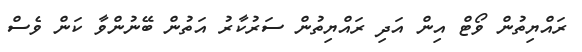
ރައްޔިތުން ވޯޓް އިން އަދި ރައްޔިތުން ސަރުކާރު އަތުން ބޭނުންވާ ކަން ވެސް